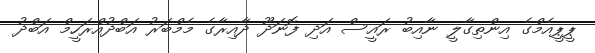
ޕީޕީއެމްގެ އިންތިގާލީ ނާއިބު ރައީސް އަދި ފޮނަދޫ ދާއިރާގެ މެމްބަރު އަބްދުއްރަހީމް އަބްދު